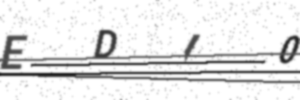
Text: EDI0